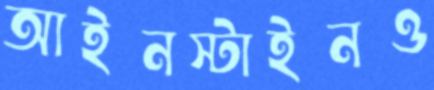
আইনস্টাইনও